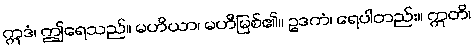
ဣဒံ၊ ဤရေသည်။ မဟိယာ၊ မဟီမြစ်၏။ ဥဒကံ၊ ရေပါတည်း။ ဣတိ၊